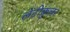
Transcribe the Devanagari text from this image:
लेंटीकुलर